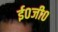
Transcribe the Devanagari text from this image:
ई०जी०